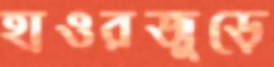
হাওরজুড়ে